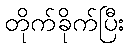
တိုက်ခိုက်ပြီး